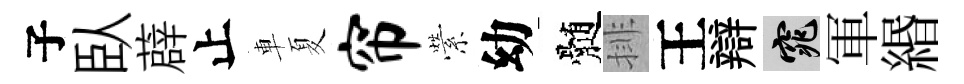
子臥薜止車夏帘縈幼髄排王辯窕軍緡